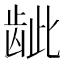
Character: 龇